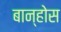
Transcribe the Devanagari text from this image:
बान्होस